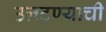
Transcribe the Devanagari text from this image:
उलटण्याची